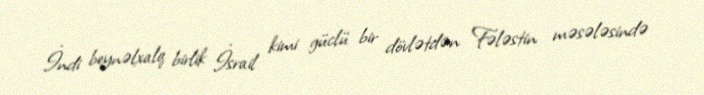
İndi beynəlxalq birlik İsrail kimi güclü bir dövlətdən Fələstin məsələsində